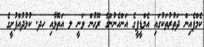
ކެމްޕެއިން ދަތުރުތަކުގައި އެމްޑީޕީގެ އަންހެނުންގެ ރޫޙުން ވަނީ ލ އަތޮޅާއި ހދ. ކުޅުދުއްފުށީގެ